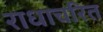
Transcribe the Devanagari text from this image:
राधाचरित